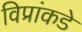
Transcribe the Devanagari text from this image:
विप्रांकडे